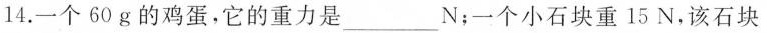
14.一个60g的鸡蛋，它的重力是___N；一个小石块重15N，该石块